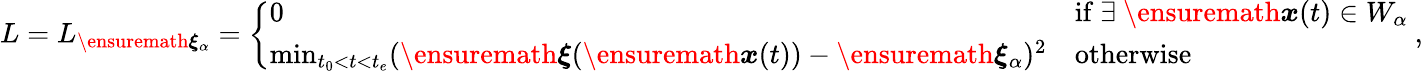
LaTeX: L=L_{\ensuremath{\boldsymbol{\xi}}_{\alpha}}=\left\{ \begin{array}{ll}{0}&{\mathrm{if}\ \exists\ \ensuremath{\boldsymbol{{x}}}(t)\in W_{\alpha}}\\ {\operatorname*{min}_{t_{0}<t<t_{e}}(\ensuremath{\boldsymbol{\xi}}(\ensuremath{\boldsymbol{{x}}}(t))-\ensuremath{\boldsymbol{\xi}}_{\alpha})^{2}}&{\mathrm{otherwise}}\end{array}\right.\ ,